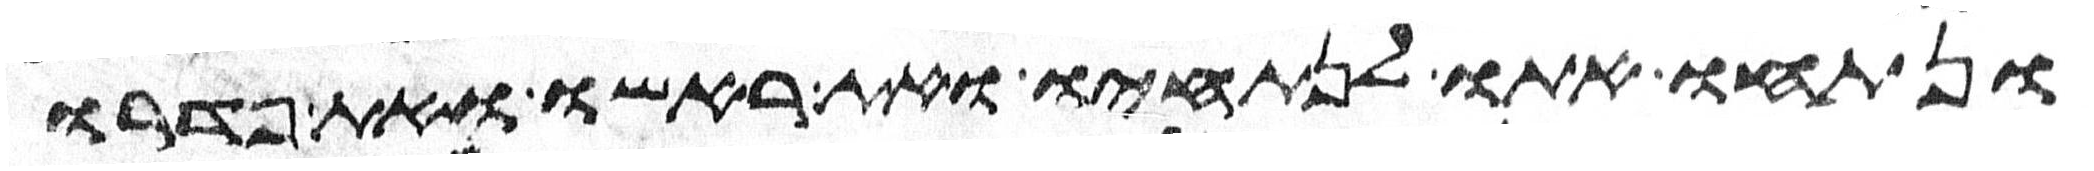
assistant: ונתחו אתו לנתחיו ואת ראשו ואת פדרו